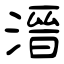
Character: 溍